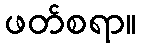
ဖတ်စရာ။